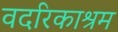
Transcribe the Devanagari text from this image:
वदरिकाश्रम